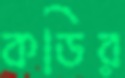
কডির